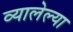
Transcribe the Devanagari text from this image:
व्यालेल्या